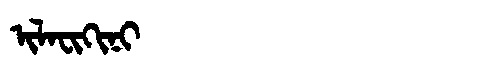
Manchu: ᡳᠯᠠᠸᡳᡴᡳᠨᡳ
Romanization: ILAFIKINI